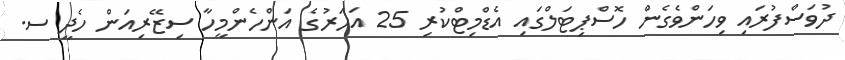
ދުވަސްފުރައި ވިހަންވެގެން ހޮސްޕިޓަލްގައި އެޑްމިޓްކުރި 25 އަހަރުގެ އަންހެންމީހާ ސިޒޭރިއަން ހެދީ ސ.